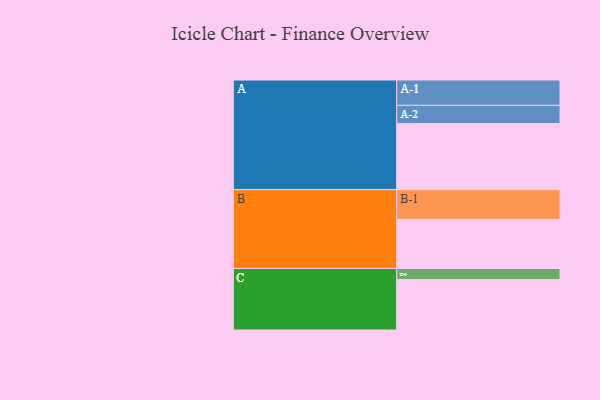
{"axis": {"x": "Segment", "y": "Value"}, "legend": ["", "A", "B", "C"], "data": [{"x": "A", "y": 520, "type": ""}, {"x": "B", "y": 386, "type": ""}, {"x": "C", "y": 397, "type": ""}, {"x": "A-1", "y": 199, "type": "A"}, {"x": "A-2", "y": 142, "type": "A"}, {"x": "B-1", "y": 233, "type": "B"}, {"x": "C-1", "y": 86, "type": "C"}]}